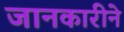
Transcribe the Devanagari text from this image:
जानकारीने